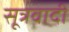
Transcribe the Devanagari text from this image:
सूत्रवादी